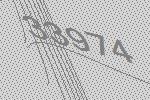
33974